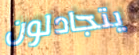
يتجادلون